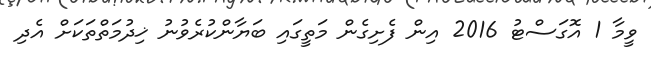
ވީމާ 1 އޮގަސްޓު 2016 އިން ފެށިގެން މަތީގައި ބަޔާންކުރެވުނު ޚިދުމަތްތަކަށް އެދި